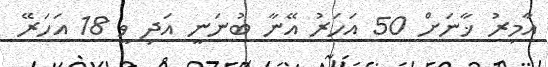
އާމިރު ޚާނަށް 50 އަހަރު އޭނާ ބުނަނީ އަދި ވީ 18 އަހަރޭ